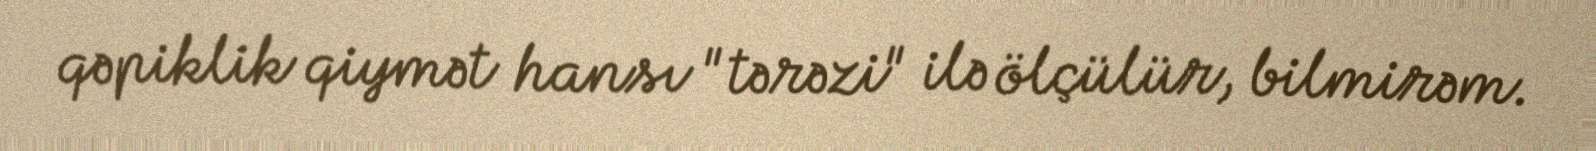
qəpiklik qiymət hansı "tərəzi" ilə ölçülür, bilmirəm.